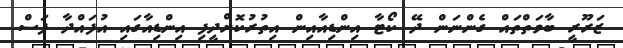
ޒަރޫރީ ބާވަތްތައް ގެންނަން ދޭ ކޯޓާ އިންޑިއާއިން އިތުރުކޮށްދީފި އިންޑިއާގައި އުފައްދާ ފަސް